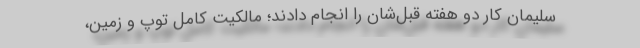
سلیمان کار دو هفته قبل‌شان را انجام دادند؛ مالکیت کامل توپ و زمین،